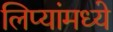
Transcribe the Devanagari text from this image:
लिप्यांमध्ये